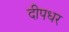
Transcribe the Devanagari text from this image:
दीपधर